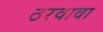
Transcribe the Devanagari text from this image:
ठरवावा